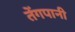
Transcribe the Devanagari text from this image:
तेंगपानी